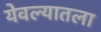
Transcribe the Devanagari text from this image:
येवल्यातला